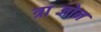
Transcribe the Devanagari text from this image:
त्राब्जोन